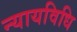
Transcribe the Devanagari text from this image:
न्यायविधि